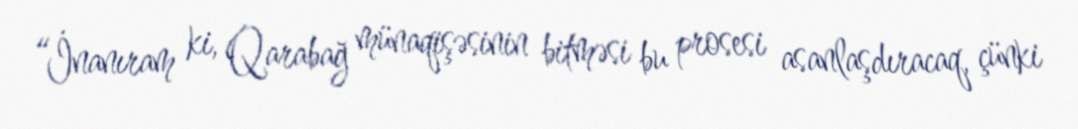
“İnanıram ki, Qarabağ münaqişəsinin bitməsi bu prosesi asanlaşdıracaq, çünki